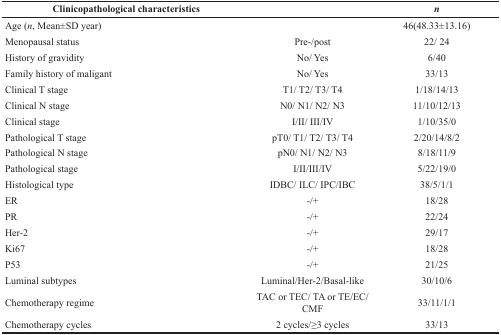
| Clinicopathological characteristics |  | n |
 | --- | --- | --- |
 | Age (n, Mean±SD year) |  | 46(48.33±13.16) |
 | Menopausal status | Pre-/post | 22/ 24 |
 | History of gravidity | No/ Yes | 6/40 |
 | Family history of maligant | No/ Yes | 33/13 |
 | Clinical T stage | T1/ T2/ T3/ T4 | 1/18/14/13 |
 | Clinical N stage | N0/ N1/ N2/ N3 | 11/10/12/13 |
 | Clinical stage | I/II/ III/IV | 1/10/35/0 |
 | Pathological T stage | pT0/ T1/ T2/ T3/ T4 | 2/20/14/8/2 |
 | Pathological N stage | pN0/ N1/ N2/ N3 | 8/18/11/9 |
 | Pathological stage | I/II/III/IV | 5/22/19/0 |
 | Histological type | IDBC/ ILC/ IPC/IBC | 38/5/1/1 |
 | ER | -/+ | 18/28 |
 | PR | -/+ | 22/24 |
 | Her-2 | -/+ | 29/17 |
 | Ki67 | -/+ | 18/28 |
 | P53 | -/+ | 21/25 |
 | Luminal subtypes | Luminal/Her-2/Basal-like | 30/10/6 |
 | Chemotherapy regime | TAC or TEC/ TA or TE/EC/CMF | 33/11/1/1 |
 | Chemotherapy cycles | 2 cycles/≥3 cycles | 33/13 |